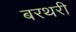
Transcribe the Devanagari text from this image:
बरथरी